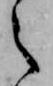
え